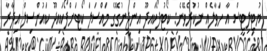
ޔުޓިލިޓީސް އާ ހަވާލެއް ނުކުރެވޭނެ: ކޯޓުފޯކައިދޫ އިންޖީނުގޭގެ މައްސަލަ ކޯޓަށްފޯކައިދޫ ކައުންސިލް އިދާރާ